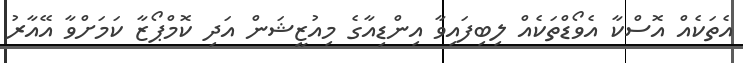
އެތަކެއް އޮސްކާ އެވޯޑްތަކެއް ލިބިފައިވާ އިންޑިއާގެ މިއުޒީޝަން އަދި ކޮމްޕޯޒާ ކަމަށްވާ އޭއާރު